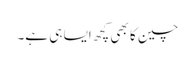
چین کا بھی کچھ ایسا ہی ہے۔